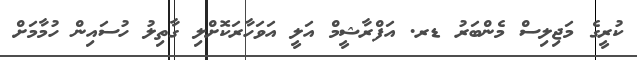
ކުރީގެ މަޖިލިސް މެންބަރު ޑރ. އަފްރާޝީމް އަލީ އަވަހާރަކޮށްލި ގާތިލު ހުސައިން ހުމާމަށް